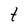
Character: t